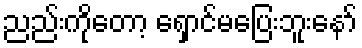
ညည်းကိုတော့ ရှောင်မပြေးဘူးနော်